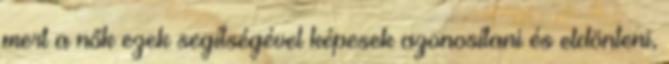
mert a nők ezek segítségével képesek azonosítani és eldönteni,